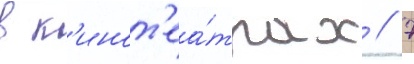
в к'инот'еа́трах // 7